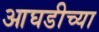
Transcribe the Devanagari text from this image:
आघडीच्या